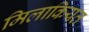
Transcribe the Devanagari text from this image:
मिलाकियत